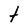
Character: t